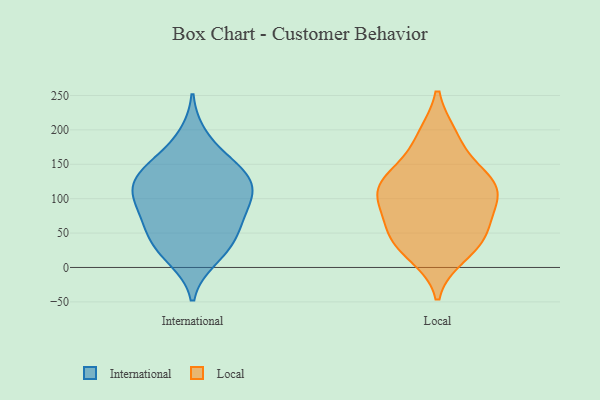
{"axis": {"x": "Satisfaction Score", "y": "Value"}, "legend": ["International", "Local"], "data": [{"x": "", "y": 19, "type": "International"}, {"x": "", "y": 111, "type": "International"}, {"x": "", "y": 46, "type": "International"}, {"x": "", "y": 13, "type": "International"}, {"x": "", "y": 191, "type": "International"}, {"x": "", "y": 65, "type": "International"}, {"x": "", "y": 56, "type": "International"}, {"x": "", "y": 137, "type": "International"}, {"x": "", "y": 106, "type": "International"}, {"x": "", "y": 37, "type": "International"}, {"x": "", "y": 96, "type": "International"}, {"x": "", "y": 132, "type": "International"}, {"x": "", "y": 82, "type": "International"}, {"x": "", "y": 102, "type": "International"}, {"x": "", "y": 155, "type": "International"}, {"x": "", "y": 148, "type": "International"}, {"x": "", "y": 127, "type": "International"}, {"x": "", "y": 44, "type": "Local"}, {"x": "", "y": 102, "type": "Local"}, {"x": "", "y": 142, "type": "Local"}, {"x": "", "y": 96, "type": "Local"}, {"x": "", "y": 117, "type": "Local"}, {"x": "", "y": 18, "type": "Local"}, {"x": "", "y": 191, "type": "Local"}, {"x": "", "y": 52, "type": "Local"}, {"x": "", "y": 44, "type": "Local"}, {"x": "", "y": 26, "type": "Local"}, {"x": "", "y": 94, "type": "Local"}, {"x": "", "y": 128, "type": "Local"}, {"x": "", "y": 116, "type": "Local"}, {"x": "", "y": 130, "type": "Local"}, {"x": "", "y": 191, "type": "Local"}, {"x": "", "y": 67, "type": "Local"}]}